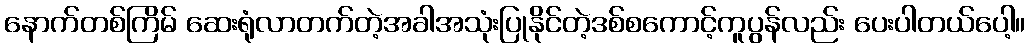
နောက်တစ်ကြိမ် ဆေးရုံလာတက်တဲ့အခါအသုံးပြုနိုင်တဲ့ဒစ်စကောင့်ကူပွန်လည်း ပေးပါတယ်ပေါ့။